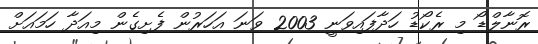
ރޮނާލްޑޯ މި ރެކޯޑު ހަދާފައިވަނީ 2003 ވަނަ އަހަރުން ފެށިގެން މިއަދާ ހަމައަށް